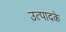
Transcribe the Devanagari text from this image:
उत्पादके